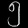
Digit: ၅